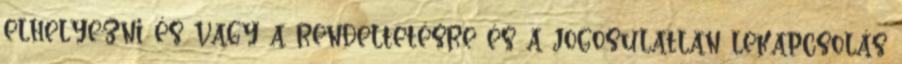
elhelyezni és vagy a rendeltetésre és a jogosulatlan lekapcsolás